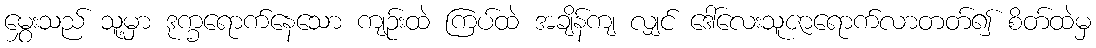
မွှေးသည် သူ့မှာ ဒုက္ခရောက်နေသော ကျဉ်းထဲ ကြပ်ထဲ အချိန်ကျ လျှင် ဒေါ်လေးသူဇာရောက်လာတတ်၍ စိတ်ထဲမှ